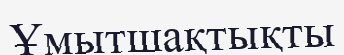
Ұмытшақтықты